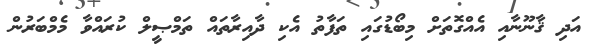
އަދި ޤާނޫނާއި އެއްގޮތަށް މިބޯޑުގައި ތަފާތު އެކި ދާއިރާތައް ތަމްޞީލް ކުރައްވާ މެމްބަރުން